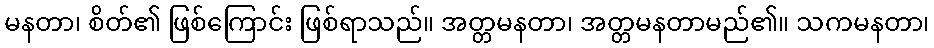
မနတာ၊ စိတ်၏ ဖြစ်ကြောင်း ဖြစ်ရာသည်။ အတ္တမနတာ၊ အတ္တမနတာမည်၏။ သကမနတာ၊